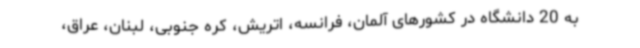
به 20 دانشگاه در کشورهای آلمان، فرانسه، اتریش، کره جنوبی، لبنان، عراق،